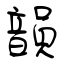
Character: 韻